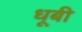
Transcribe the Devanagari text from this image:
धूबी